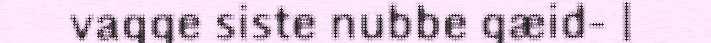
vagge siste nubbe gæid- |